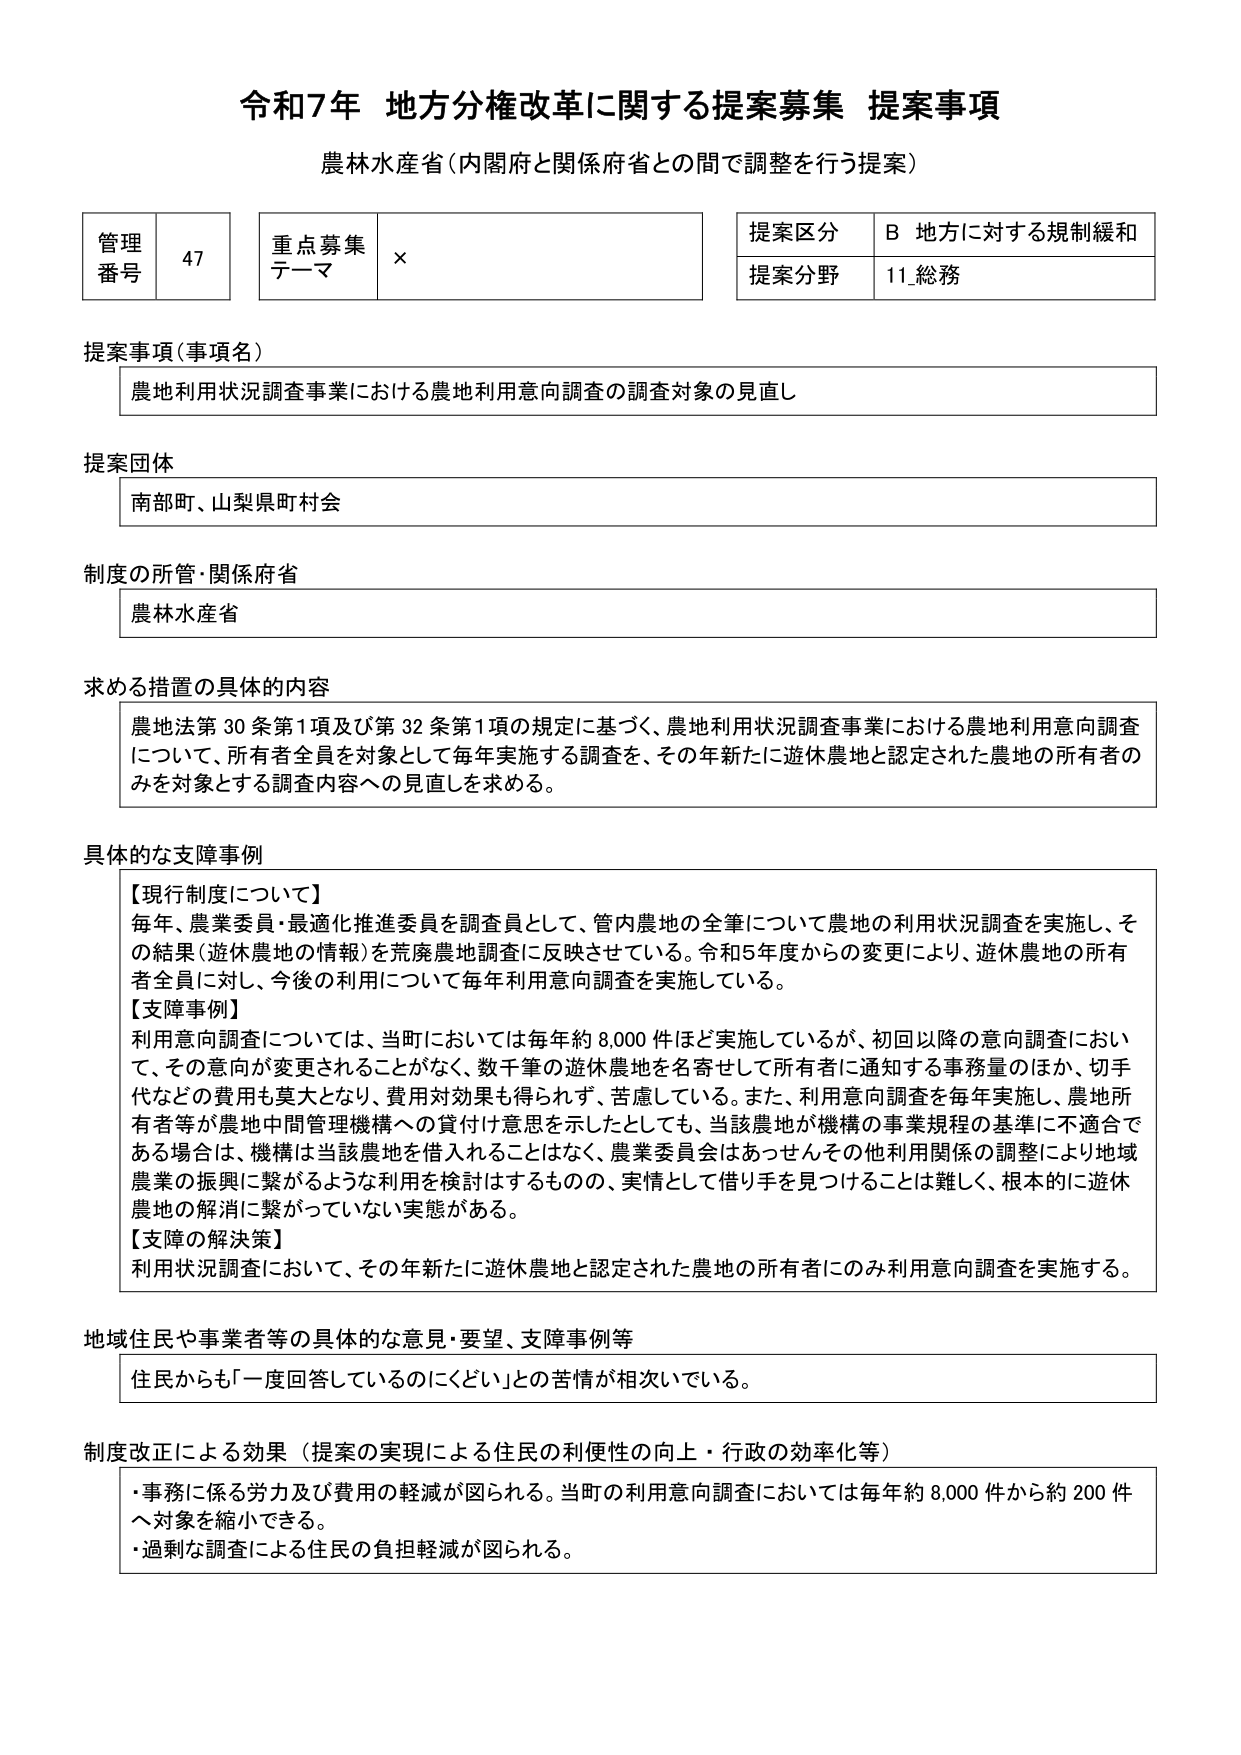
令和7年 地方分権改革に関する提案募集 提案事項
農林水産省（内閣府と関係府省との間で調整を行う提案）

管理番号 47
重点募集テーマ ×
提案区分 B 地方に対する規制緩和
提案分野 11_総務

提案事項（事項名）
農地利用状況調査事業における農地利用意向調査の調査対象の見直し

提案団体
南部町、山梨県町村会

制度の所管・関係府省
農林水産省

求める措置の具体的内容
農地法第30条第1項及び第32条第1項の規定に基づく、農地利用状況調査事業における農地利用意向調査について、所有者全員を対象として毎年実施する調査を、その年新たに遊休農地と認定された農地の所有者のみを対象とする調査内容への見直しを求める。

具体的な支障事例
【現行制度について】
毎年、農業委員・最適化推進委員を調査員として、管内農地の全筆について農地の利用状況調査を実施し、その結果（遊休農地の情報）を荒廃農地調査に反映させている。令和5年度からの変更により、遊休農地の所有者全員に対し、今後の利用について毎年利用意向調査を実施している。
【支障事例】
利用意向調査については、当町においては毎年約8,000件ほど実施しているが、初回以降の意向調査において、その意向が変更されることがなく、数千筆の遊休農地を名寄せして所有者に通知する事務量のほか、切手代などの費用も莫大となり、費用対効果も得られず、苦慮している。また、利用意向調査を毎年実施し、農地所有者等が農地中間管理機構への貸付け意思を示したとしても、当該農地が機構の事業規程の基準に不適合である場合は、機構は当該農地を借入れることはなく、農業委員会はあっせんその他利用関係の調整により地域農業の振興に繋がるような利用を検討するものの、実情として借り手を見つけることは難しく、根本的に遊休農地の解消に繋がっていない実態がある。
【支障の解決策】
利用状況調査において、その年新たに遊休農地と認定された農地の所有者にのみ利用意向調査を実施する。

地域住民や事業者等の具体的な意見・要望、支障事例等
住民からも「一度回答しているのにくどい」との苦情が相次いでいる。

制度改正による効果（提案の実現による住民の利便性の向上・行政の効率化等）
・事務に係る労力及び費用の軽減が図られる。当町の利用意向調査においては毎年約8,000件から約200件へ対象を縮小できる。
・過剰な調査による住民の負担軽減が図られる。